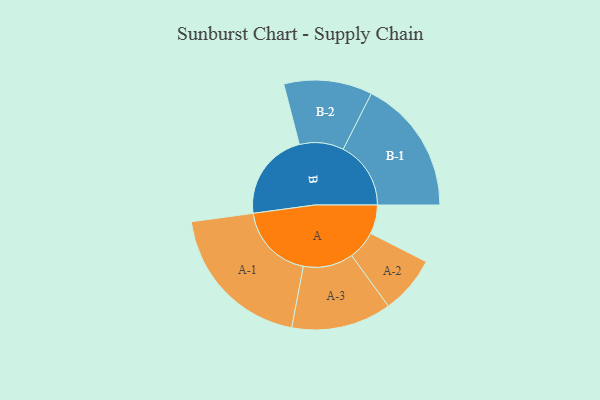
{"axis": {"x": "Segment", "y": "Value"}, "legend": ["", "A", "B"], "data": [{"x": "A", "y": 100, "type": ""}, {"x": "B", "y": 308, "type": ""}, {"x": "A-1", "y": 265, "type": "A"}, {"x": "A-2", "y": 100, "type": "A"}, {"x": "A-3", "y": 173, "type": "A"}, {"x": "B-1", "y": 234, "type": "B"}, {"x": "B-2", "y": 153, "type": "B"}]}